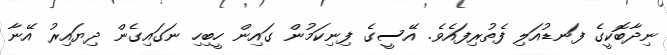
ނިދާބޮކީގެ ފަނޑުއަލި ފެތުރިފައެވެ. އޭސީގެ ފިނިކަމުން ގައިން ހީބިހި ނަގައިގެން ދިޔައިރު އޭނާ